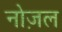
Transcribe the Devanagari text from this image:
नोज़ल